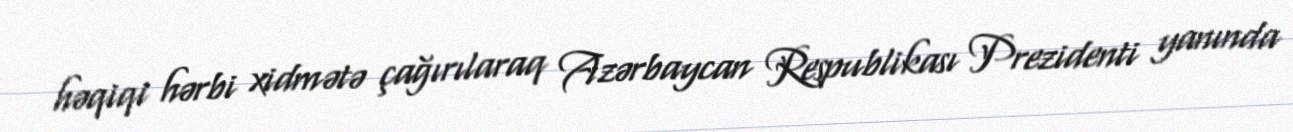
həqiqi hərbi xidmətə çağırılaraq Azərbaycan Respublikası Prezidenti yanında